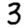
Digit: 3